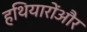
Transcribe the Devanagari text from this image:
हथियारोंऔर